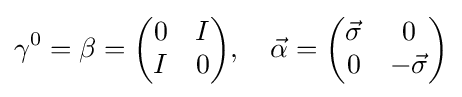
\gamma ^{0}=\beta ={\begin{pmatrix}0&I\\I&0\end{pmatrix}},\quad {\vec {\alpha }}={\begin{pmatrix}{\vec {\sigma }}&0\\0&-{\vec {\sigma }}\end{pmatrix}}